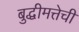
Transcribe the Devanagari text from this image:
बुद्धीमत्तेची